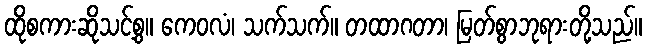
ထိုစကားဆိုသင့်စွ။ ကေဝလံ၊ သက်သက်။ တထာဂတာ၊ မြတ်စွာဘုရားတို့သည်။